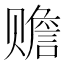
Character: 赡